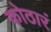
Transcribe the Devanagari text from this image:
कोठारं